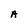
Character: A